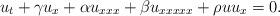
LaTeX: \begin{align*}u_t + \gamma u_x + \alpha u_{xxx} + \beta u_{xxxxx} + \rho uu_x = 0.\end{align*}